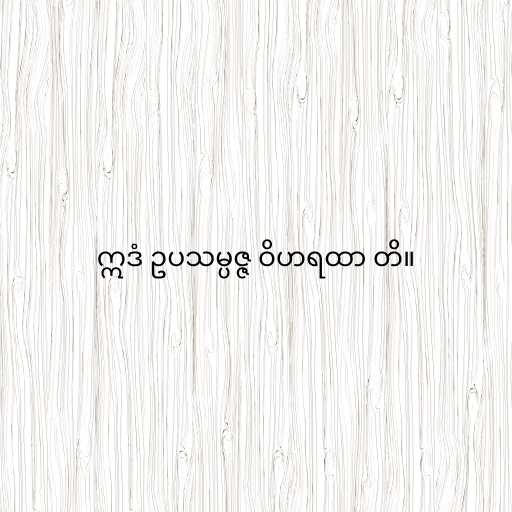
ဣဒံ ဥပသမ္ပဇ္ဇ ဝိဟရထာ တိ။